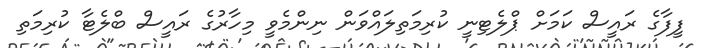
ފީފާގެ ރައީސް ކަމަށް ޕްލެޓިނީ ކުރިމަތިލައްވަން ނިންމެވީ މިހާރުގެ ރައީސް ބްލެޓާ ކުރިމަތި